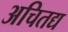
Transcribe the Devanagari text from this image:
अचितद्य